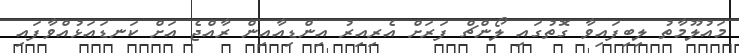
މައުލޫމާތު ލިބިފައިވާ ގޮތުގައި ލޯންޗް ފަރަށް އެރިއިރު އިންޑިއާއިން ރާއްޖެ އަށް ކަނޑައަޅުއްވާފައި